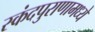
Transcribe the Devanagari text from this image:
स्कंदपुराणामध्ये